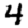
Digit: 4